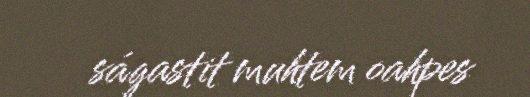
ságastit muhtem oahpes